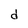
Character: d